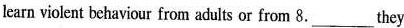
learn violent bchaviour from adults or from 8.__they